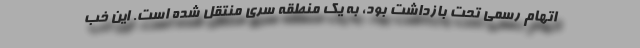
اتهام رسمی تحت بازداشت بود، به یک منطقه سری منتقل شده است. این خب